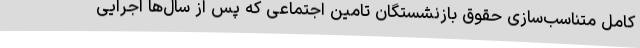
کامل متناسب‌سازی حقوق بازنشستگان تامین اجتماعی که پس از سال‌ها اجرایی